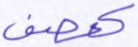
كعصف